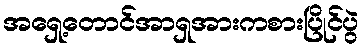
အရှေ့တောင်အာရှအားကစားပြိုင်ပွဲ